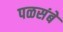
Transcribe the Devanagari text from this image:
पळसंबे